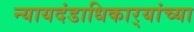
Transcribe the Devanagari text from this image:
न्यायदंडाधिकार्‍यांच्या